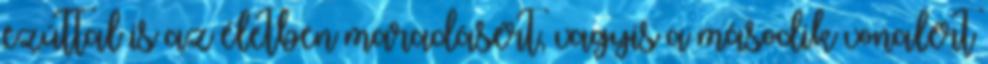
ezúttal is az életben maradásért, vagyis a második vonalért